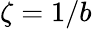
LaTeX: \zeta=1/b